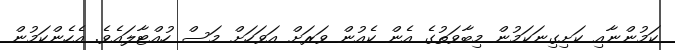
ކަމުންނާއި ކަށިގިނަކަމުން މިބާވަތުގެ އެން ކެއުން ވަރަށް އަވަހަށް މަސް ހުއްޓާލައެވެ. އެހެންކަމުން